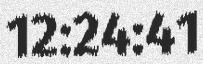
12:24:41